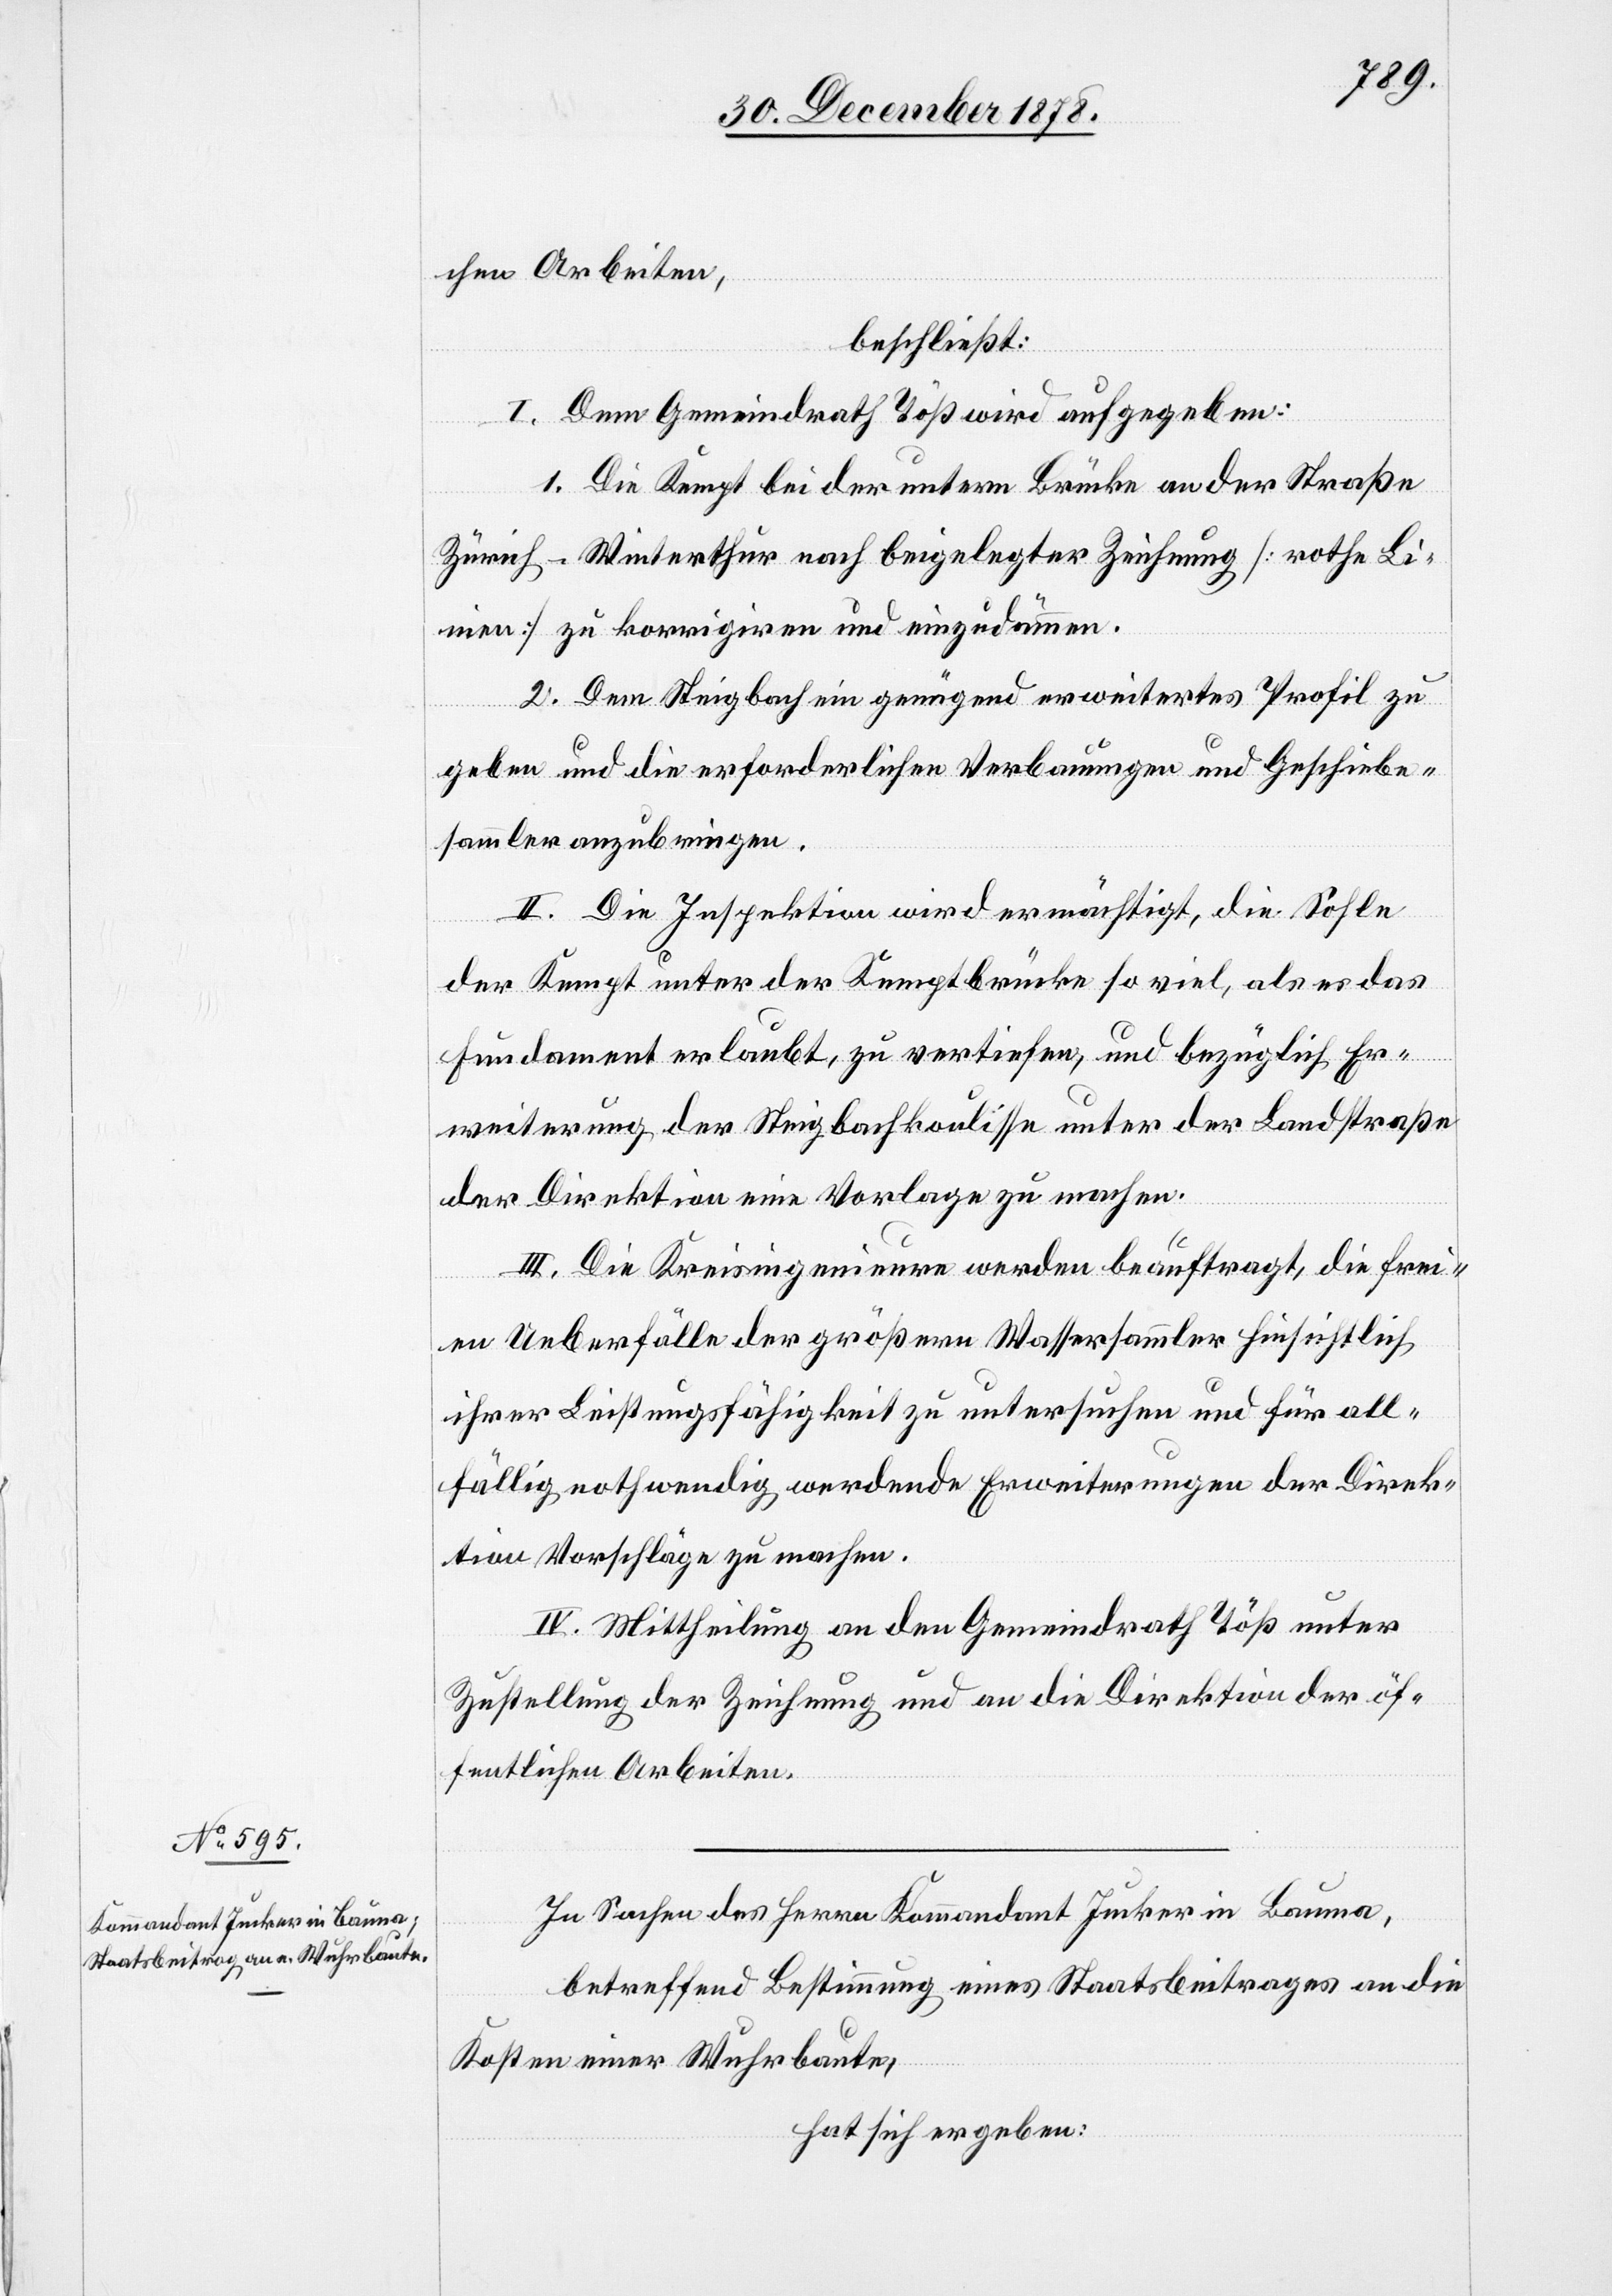
chen Arbeiten,
beschließt:
I. Dem Gemeindrath Töß wird aufgegeben:
1. Die Kempt bei der untern Brücke an der Straße
Zürich–Winterthur nach beigelegter Zeichnung [rothe Li¬
nien] zu korrigiren und einzudämmen.
2. Dem Steigbach ein genügend erweitertes Profil zu
geben und die erforderlichen Verbauungen und Geschiebe¬
sammler anzubringen.
II. Die Inspektion wird ermächtigt, die Sohle
der Kempt unter der Kemptbrücke so viel, als es das
Fundament erlaubt, zu vertiefen, und bezüglich Er¬
weiterung der Steigbachkoulisse unter der Landstraße
der Direktion eine Vorlage zu machen.
III. Die Kreisingenieure werden beauftragt, die frei¬
en Ueberfälle der größern Wassersammler hinsichtlich
ihrer Leistungsfähigkeit zu untersuchen und für all¬
fällig nothwendig werdende Erweiterungen der Direk¬
tion Vorschläge zu machen.
IV. Mittheilung an den Gemeindrath Töß unter
Zustellung der Zeichnung und an die Direktion der öf¬
fentlichen Arbeiten.
In Sachen des Herren Kommandant Jucker in Bauma,
betreffend Bestimmung eines Staatsbeitrages an die
Kosten einer Wuhrbaute,
hat sich ergeben: